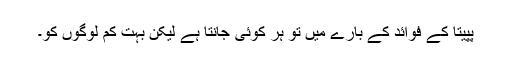
پپیتا کے فوائد کے بارے میں تو ہر کوئی جانتا ہے لیکن بہت کم لوگوں کو۔